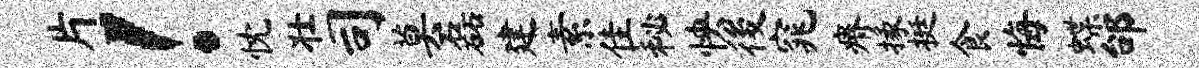
片！忱壮司莫磊建素隹秘怏後窕瘠掾挺食悔蝶邰